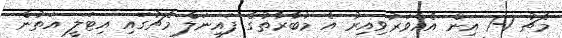
މެޗު 1-1 އިން އެއްވަރުވިއިރު އެ މުބާރާތުގެ ފައިނަލް މެޗުގައި އިޓަލީ އަތުން